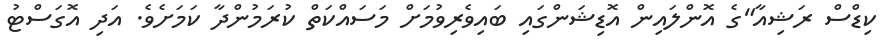
ކިޑްސް ރަޝިއާ"ގެ އޮންލައިން އޮޑިޝަންގައި ބައިވެރިވުމަށް މަސައްކަތް ކުރަމުންދާ ކަމަށެވެ. އަދި އޮގަސްޓު